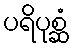
ပရိပုစ္ဆံ